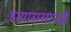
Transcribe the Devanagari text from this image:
हत्यारासारखे